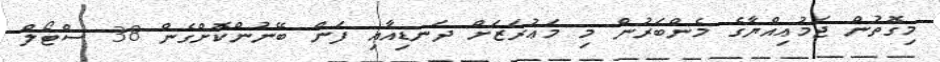
މިގޮތުން ޖަމުޢިއްޔާގެ މެންބަރުން މި މަޢުރަޒަށް ދަނޑިއާއި ފަން ބޭނުންކޮށްގެން 38 ސްޓޯލް